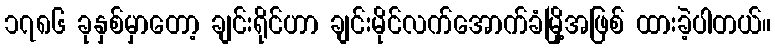
၁၇၈၆ ခုနှစ်မှာတော့ ချင်းရိုင်ဟာ ချင်းမိုင်လက်အောက်ခံမြို့အဖြစ် ထားခဲ့ပါတယ်။